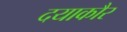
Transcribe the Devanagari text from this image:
दयाकौर